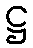
ဋ္ဌ